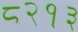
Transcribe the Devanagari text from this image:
८२१३